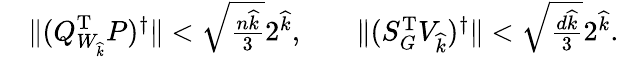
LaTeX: \begin{array}{rlr}&{\| (Q_{W_{\widehat{k}}}^{\mathrm{T}}P)^{\dagger}\| <\sqrt{\frac{n\widehat{k}}{3}}2^{\widehat{k}},\quad}&{\| (S_{G}^{\mathrm{T}}V_{\widehat{k}})^{\dagger}\| <\sqrt{\frac{d{\widehat{k}}}{3}}2^{\widehat{k}}.}\end{array}